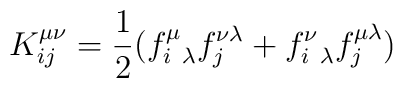
K^{\mu\nu}_{ij} = {1\over 2}(f^\mu_{i~\lambda} f^{\nu\lambda}_j +f^\nu_{i~\lambda} f^{\mu\lambda}_j)